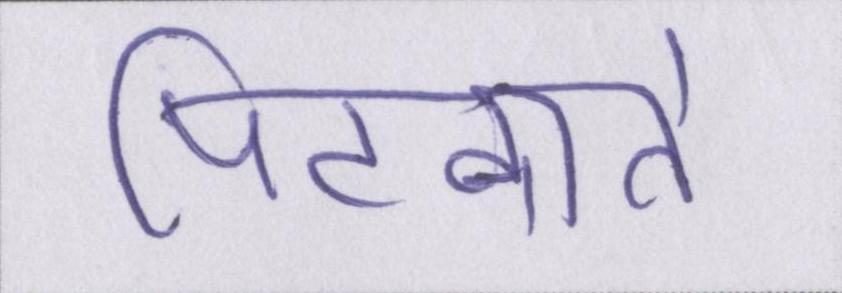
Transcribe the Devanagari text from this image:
पिटवाते